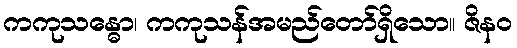
ကကုသန္ဓော၊ ကကုသန်အမည်တော်ရှိသော။ ဇိနဝ